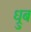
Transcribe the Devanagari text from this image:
ध्रुब